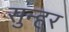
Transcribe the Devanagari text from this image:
सुन्हर